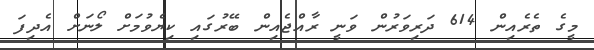
މީގެ ތެރެއިން 614 ދަރިވަރުން ވަނީ ރާއްޖެއިން ބޭރުގައި ކިޔެވުމަށް ލޯނަށް އެދިފަ